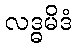
လဒ္ဓမိဒံ